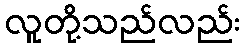
လူတို့သည်လည်း